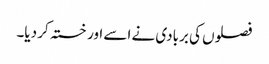
فصلوں کی بربادی نے اسے اور خستہ کر دیا۔